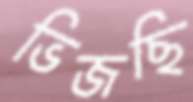
ভিজছি